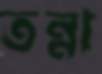
তন্না